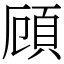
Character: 頋